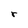
Character: r